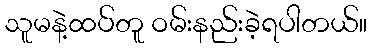
သူမနဲ့ထပ်တူ ဝမ်းနည်းခဲ့ရပါတယ်။